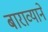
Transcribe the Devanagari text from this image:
बाराव्याने